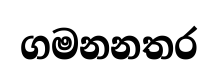
ගමනනතර